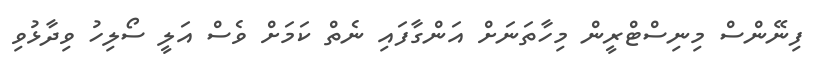
ފިނޭންސް މިނިސްޓްރީން މިހާތަނަށް އަންގާފައި ނެތް ކަމަށް ވެސް އަލީ ސޯލިހު ވިދާޅުވި